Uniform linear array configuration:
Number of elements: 48
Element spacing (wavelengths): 0.5
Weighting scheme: hamming
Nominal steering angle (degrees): -15
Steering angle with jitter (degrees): -16.079
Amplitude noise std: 0.05
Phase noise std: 0.05

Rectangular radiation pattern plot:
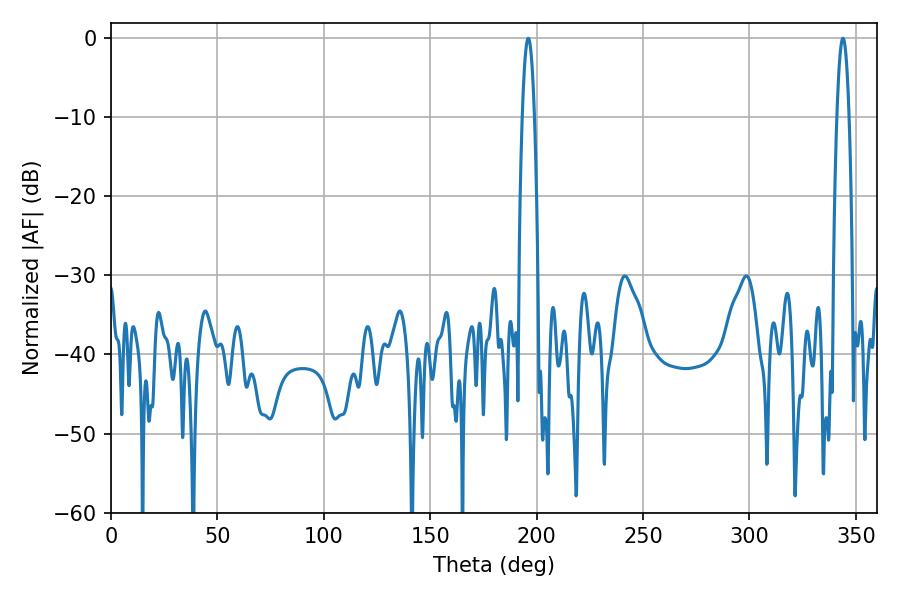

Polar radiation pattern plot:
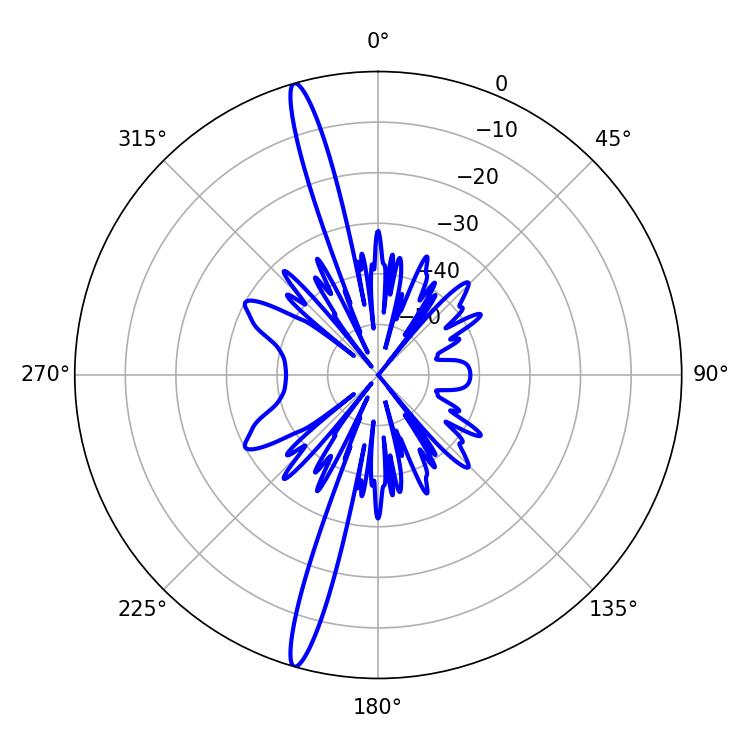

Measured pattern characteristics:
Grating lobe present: FALSE
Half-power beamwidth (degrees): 3.06
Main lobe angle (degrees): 196.02